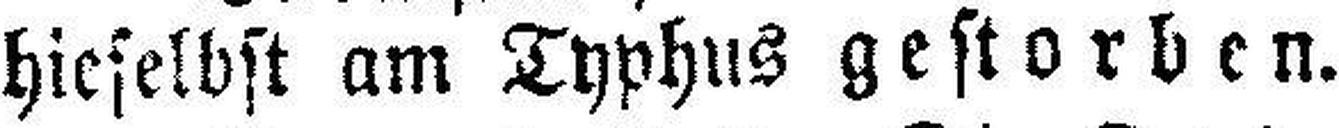
hieselbst am Typhus gestorben.